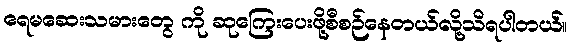
ရေမဆေးသမားတွေ ကို ဆုကြေးပေးဖို့စီစဉ်နေတယ်လို့သိရပါတယ်။